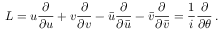
L = u { \frac { \partial } { \partial u } } + v { \frac { \partial } { \partial v } } - \bar { u } { \frac { \partial } { \partial \bar { u } } } - \bar { v } { \frac { \partial } { \partial \bar { v } } } = { \frac { 1 } { i } } { \frac { \partial } { \partial \theta } } \, .